Vaccination North-Western Provinces 1866-1877 - 1866-1877
Year: 1866
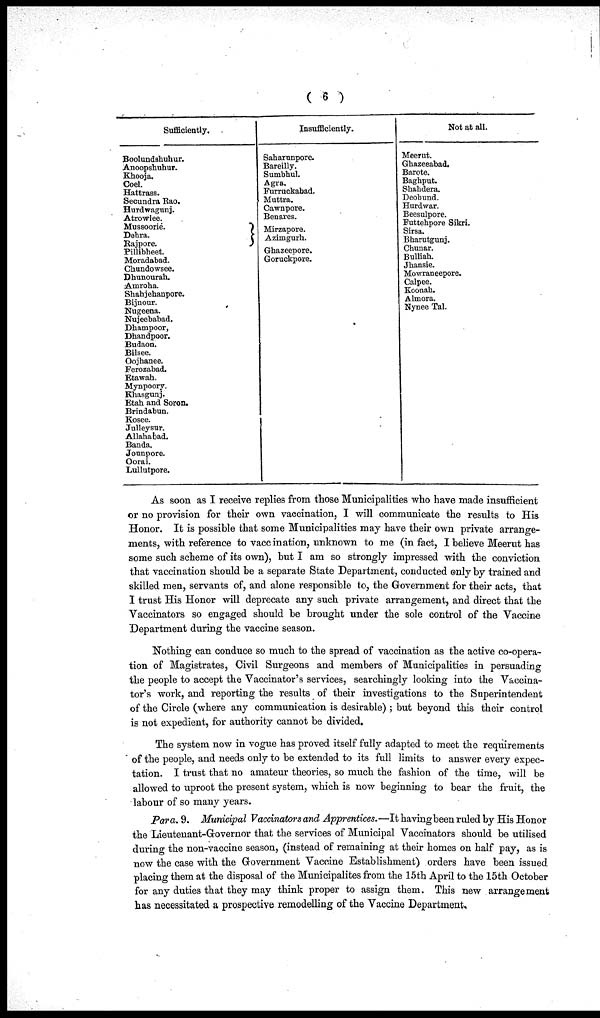
( 6 )
Sufficiently.
Boolundshuhur.
Anoopshuhur.
Khooja.
Coel.
Hattrass.
Secundra Rao.
Hurdwagunj.
Atrowlee.
Mussoorie.
Dehra.
Kajpore.
Pillibheet.
Moradabad.
Chundowsee.
Dhunourah.
Amroha.
Shahjehanpore.
Bijnour.
Nugeena.
Nujeebabad.
Dhampoor,
Dhandpoor.
Budaon.
Bilsee.
Oojhanee.
Ferozabad.
Etawah.
Mynpoory.
Khasgunj.
Etah and Soron.
Brindabun.
Kosee.
Julleysur.
Allahabad.
Banda.
Jounpore.
Oorai.
Lullutpore.
Insufficiently.
Saharunpore.
Bareilly.
Sumbhul.
Agra.
Furruckabad.
Muttra.
Cawnpore.
Benares.
Mirzapore.
Azimgurh.
Ghazeepore.
Goruckpore.
Not at all.
Meerut.
Ghazeeabad.
Barote.
Baghput.
Shahdera.
Deobund.
Hurdwar.
Beesulpore.
Futtehpore Sikri.
Sirsa.
Bharutgunj.
Chunar.
Bulliah.
Jhansie.
Mowraneepore.
Calpee.
Koonah.
Almora.
Nynee Tal.
As soon as I receive replies from those Municipalities who have made insufficient
or no provision for their own vaccination, I will communicate the results to His
Honor. It is possible that some Municipalities may have their own private arrange-
ments, with reference to vaccination, unknown to me (in fact, I believe Meerut has
some such scheme of its own), but I am so strongly impressed with the conviction
that vaccination should be a separate State Department, conducted only by trained and
skilled men, servants of, and alone responsible to, the Government for their acts, that
I trust His Honor will deprecate any such private arrangement, and direct that the
Vaccinators so engaged should be brought under the sole control of the Vaccine
Department during the vaccine season.
Nothing can conduce so much to the spread of vaccination as the active co-opera-
tion of Magistrates, Civil Surgeons and members of Municipalities in persuading
the people to accept the Vaccinator's services, searchingly looking into the Vaccina¬
tor's work, and reporting the results of their investigations to the Superintendent
of the Circle (where any communication is desirable) ; but beyond this their control
is not expedient, for authority cannot be divided.
The system now in vogue has proved itself fully adapted to meet the requirements
of the people, and needs only to be extended to its full limits to answer every expec-
tation. I trust that no amateur theories, so much the fashion of the time, will be
allowed to uproot the present system, which is now beginning to bear the fruit, the
labour of so many years.
Para. 9. Municipal Vaccinators and Apprentices. —It having been ruled by His Honor
the Lieutenant-Governor that the services of Municipal Vaccinators should be utilised
during the non-vaccine season, (instead of remaining at their homes on half pay, as is
now the case with the Government Vaccine Establishment) orders have been issued
placing them at the disposal of the Municipalites from the 15th April to the 15th October
for any duties that they may think proper to assign them. This new arrangement
has necessitated a prospective remodelling of the Vaccine Department,